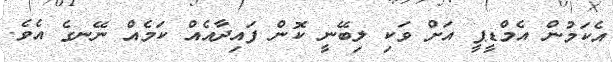
އެކަމުން އެމްޑީޕީ އަށް ވަކި ލިބޭނީ ކޮން ފައިދާއެއް ކަމެއް ނޭނގެ އެވެ.